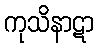
ကုသိနာဋာ